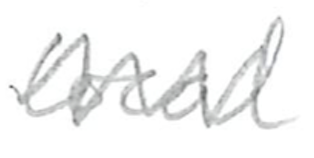
Text: local
Cross-out: zig-zag
Writing tool: pencil